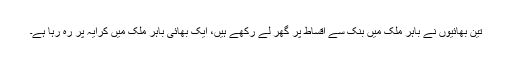
تین بھائیوں نے باہر ملک میں بنک سے اقساط پر گھر لے رکھے ہیں، ایک بھائی باہر ملک میں کرایہ پر رہ رہا ہے۔